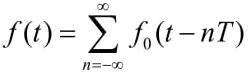
\[f(t)=\sum_{n = -\infty}^{\infty}f_0(t - nT)\]